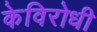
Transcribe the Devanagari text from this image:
केविरोधी